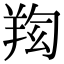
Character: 𦍿